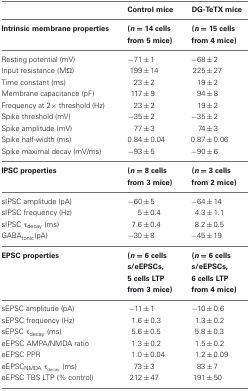
<table><thead><tr><td></td><td><b>Control mice</b></td><td><b>DG-TeTX mice</b></td></tr><tr><td><b>Intrinsic membrane properties</b></td><td><b>(<i>n</i> = 14 cells from 5 mice)</b></td><td><b>(<i>n</i> = 15 cells from 4 mice)</b></td></tr></thead><tbody><tr><td>Resting potential (mV)</td><td>−71 ± 1</td><td>−68 ± 2</td></tr><tr><td>Input resistance (MΩ)</td><td>199 ± 14</td><td>225 ± 27</td></tr><tr><td>Time constant (ms)</td><td>23 ± 2</td><td>19 ± 2</td></tr><tr><td>Membrane capacitance (pF)</td><td>117 ± 9</td><td>94 ± 8</td></tr><tr><td>Frequency at 2× threshold (Hz)</td><td>23 ± 2</td><td>19 ± 2</td></tr><tr><td>Spike threshold (mV)</td><td>−35 ± 2</td><td>−35 ± 2</td></tr><tr><td>Spike amplitude (mV)</td><td>77 ± 3</td><td>74 ± 3</td></tr><tr><td>Spike half-width (ms)</td><td>0.84 ± 0.04</td><td>0.87 ± 0.06</td></tr><tr><td>Spike maximal decay (mV/ms)</td><td>−93 ± 5</td><td>−90 ± 6</td></tr><tr><td><b>IPSC properties</b></td><td><b>(<i>n</i> = 8 cells from 3 mice)</b></td><td><b>(<i>n</i> = 3 cells from 2 mice)</b></td></tr><tr><td>sIPSC amplitude (pA)</td><td>−60 ± 5</td><td>−64 ± 14</td></tr><tr><td>sIPSC frequency (Hz)</td><td>5 ± 0.4</td><td>4.3 ± 1.1</td></tr><tr><td>sIPSC τ<sub>decay</sub> (ms)</td><td>7.6 ± 0.4</td><td>8.2 ± 0.5</td></tr><tr><td>GABA<sub>tonic</sub> (pA)</td><td>−30 ± 8</td><td>−45 ± 19</td></tr><tr><td><b>EPSC properties</b></td><td><b>(<i>n</i> = 6 cells s/eEPSCs, 5 cells LTP from 3 mice)</b></td><td><b>(<i>n</i> = 6 cells s/eEPSCs, 6 cells LTP from 4 mice)</b></td></tr><tr><td>sEPSC amplitude (pA)</td><td>−11 ± 1</td><td>−10 ± 0.6</td></tr><tr><td>sEPSC frequency (Hz)</td><td>1.6 ± 0.3</td><td>1.3 ± 0.2</td></tr><tr><td>sEPSC τ<sub>decay</sub> (ms)</td><td>5.6 ± 0.5</td><td>5.8 ± 0.3</td></tr><tr><td>eEPSC AMPA/NMDA ratio</td><td>1.3 ± 0.2</td><td>1.5 ± 0.2</td></tr><tr><td>eEPSC PPR</td><td>1.0 ± 0.04</td><td>1.2 ± 0.09</td></tr><tr><td>eEPSC<sub>NMDA τ<sub>decay</sub></sub> (ms)</td><td>73 ± 3</td><td>83 ± 7</td></tr><tr><td>eEPSC TBS LTP (% control)</td><td>212 ± 47</td><td>191 ± 50</td></tr></tbody></table>